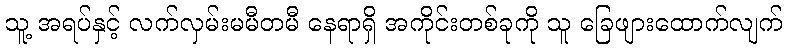
သူ့ အရပ်နှင့် လက်လှမ်းမမီတမီ နေရာရှိ အကိုင်းတစ်ခုကို သူ ခြေဖျားထောက်လျက်